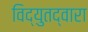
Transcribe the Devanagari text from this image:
विद्युतद्वारा